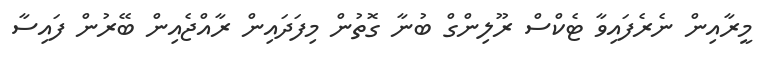
މީރާއިން ނެރެފައިވާ ޓެކްސް ރޫލިންގް ބުނާ ގޮތުން މިފަދައިން ރާއްޖެއިން ބޭރުން ފައިސާ